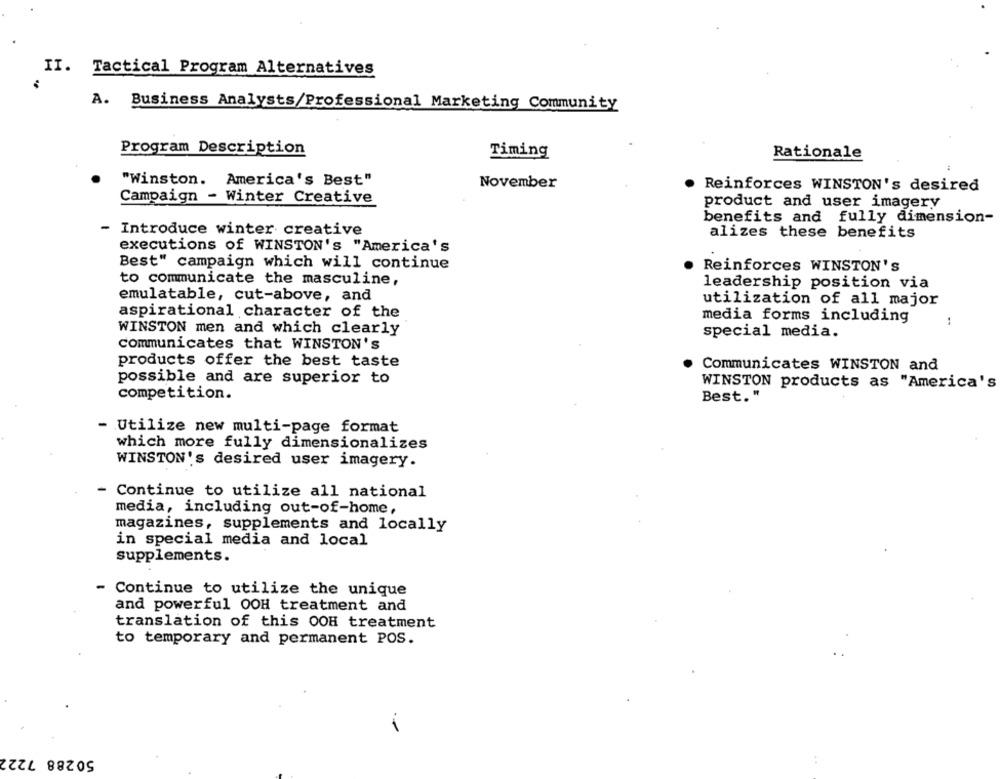
II. Tactical Program Alternatives
A. Business Analysts/Professional Marketing Community
Program Description
Timing
Rationale
"Winston. America's Best"
November
Reinforces WINSTON's desired
Campaign - Winter Creative
product and user imagery
benefits and fully dimension-
- Introduce winter creative
alizes these benefits
executions of WINSTON's "America's
Best" campaign which will continue
Reinforces WINSTON's
to communicate the masculine,
leadership position via
emulatable, cut-above, and
utilization of all major
aspirational character of the
media forms including
1
WINSTON men and which clearly
special media.
communicates that WINSTON'S
products offer the best taste
Communicates WINSTON and
possible and are superior to
WINSTON products as "America's
competition.
Best."
- Utilize new multi-page format
which more fully dimensionalizes
WINSTON's desired user imagery.
- Continue to utilize all national
media, including out-of-home,
magazines, supplements and locally
in special media and local
supplements.
- Continue to utilize the unique
and powerful OOH treatment and
translation of this OOH treatment
to temporary and permanent POS.
50288 7222